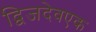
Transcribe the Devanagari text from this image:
द्विजदेवएक